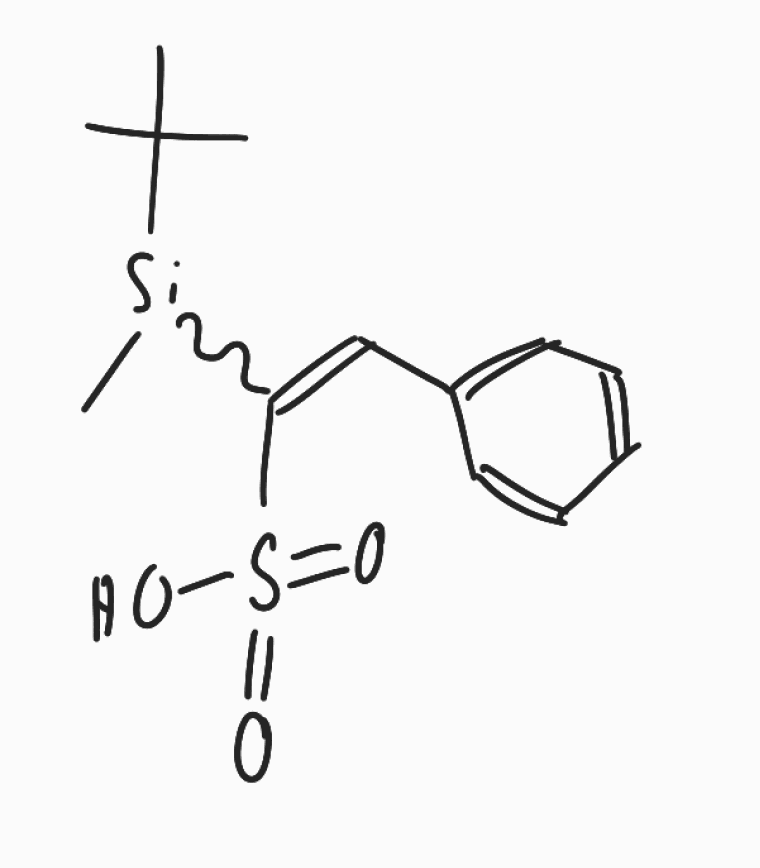
Simplified molecular-input line-entry system (SMILES) notation of the given molecule:
CC(C)(C)[Si](C)C(=CC1=CC=CC=C1)S(=O)(=O)O